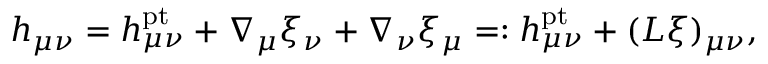
h _ { \mu \nu } = h _ { \mu \nu } ^ { \mathrm { p t } } + \nabla _ { \mu } \xi _ { \nu } + \nabla _ { \nu } \xi _ { \mu } = : h _ { \mu \nu } ^ { \mathrm { p t } } + ( L \xi ) _ { \mu \nu } ,